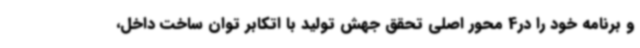
و برنامه خود را در4 محور اصلی تحقق جهش تولید با اتکابر توان ساخت داخل،